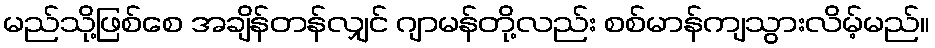
မည်သို့ဖြစ်စေ အချိန်တန်လျှင် ဂျာမန်တို့လည်း စစ်မာန်ကျသွားလိမ့်မည်။